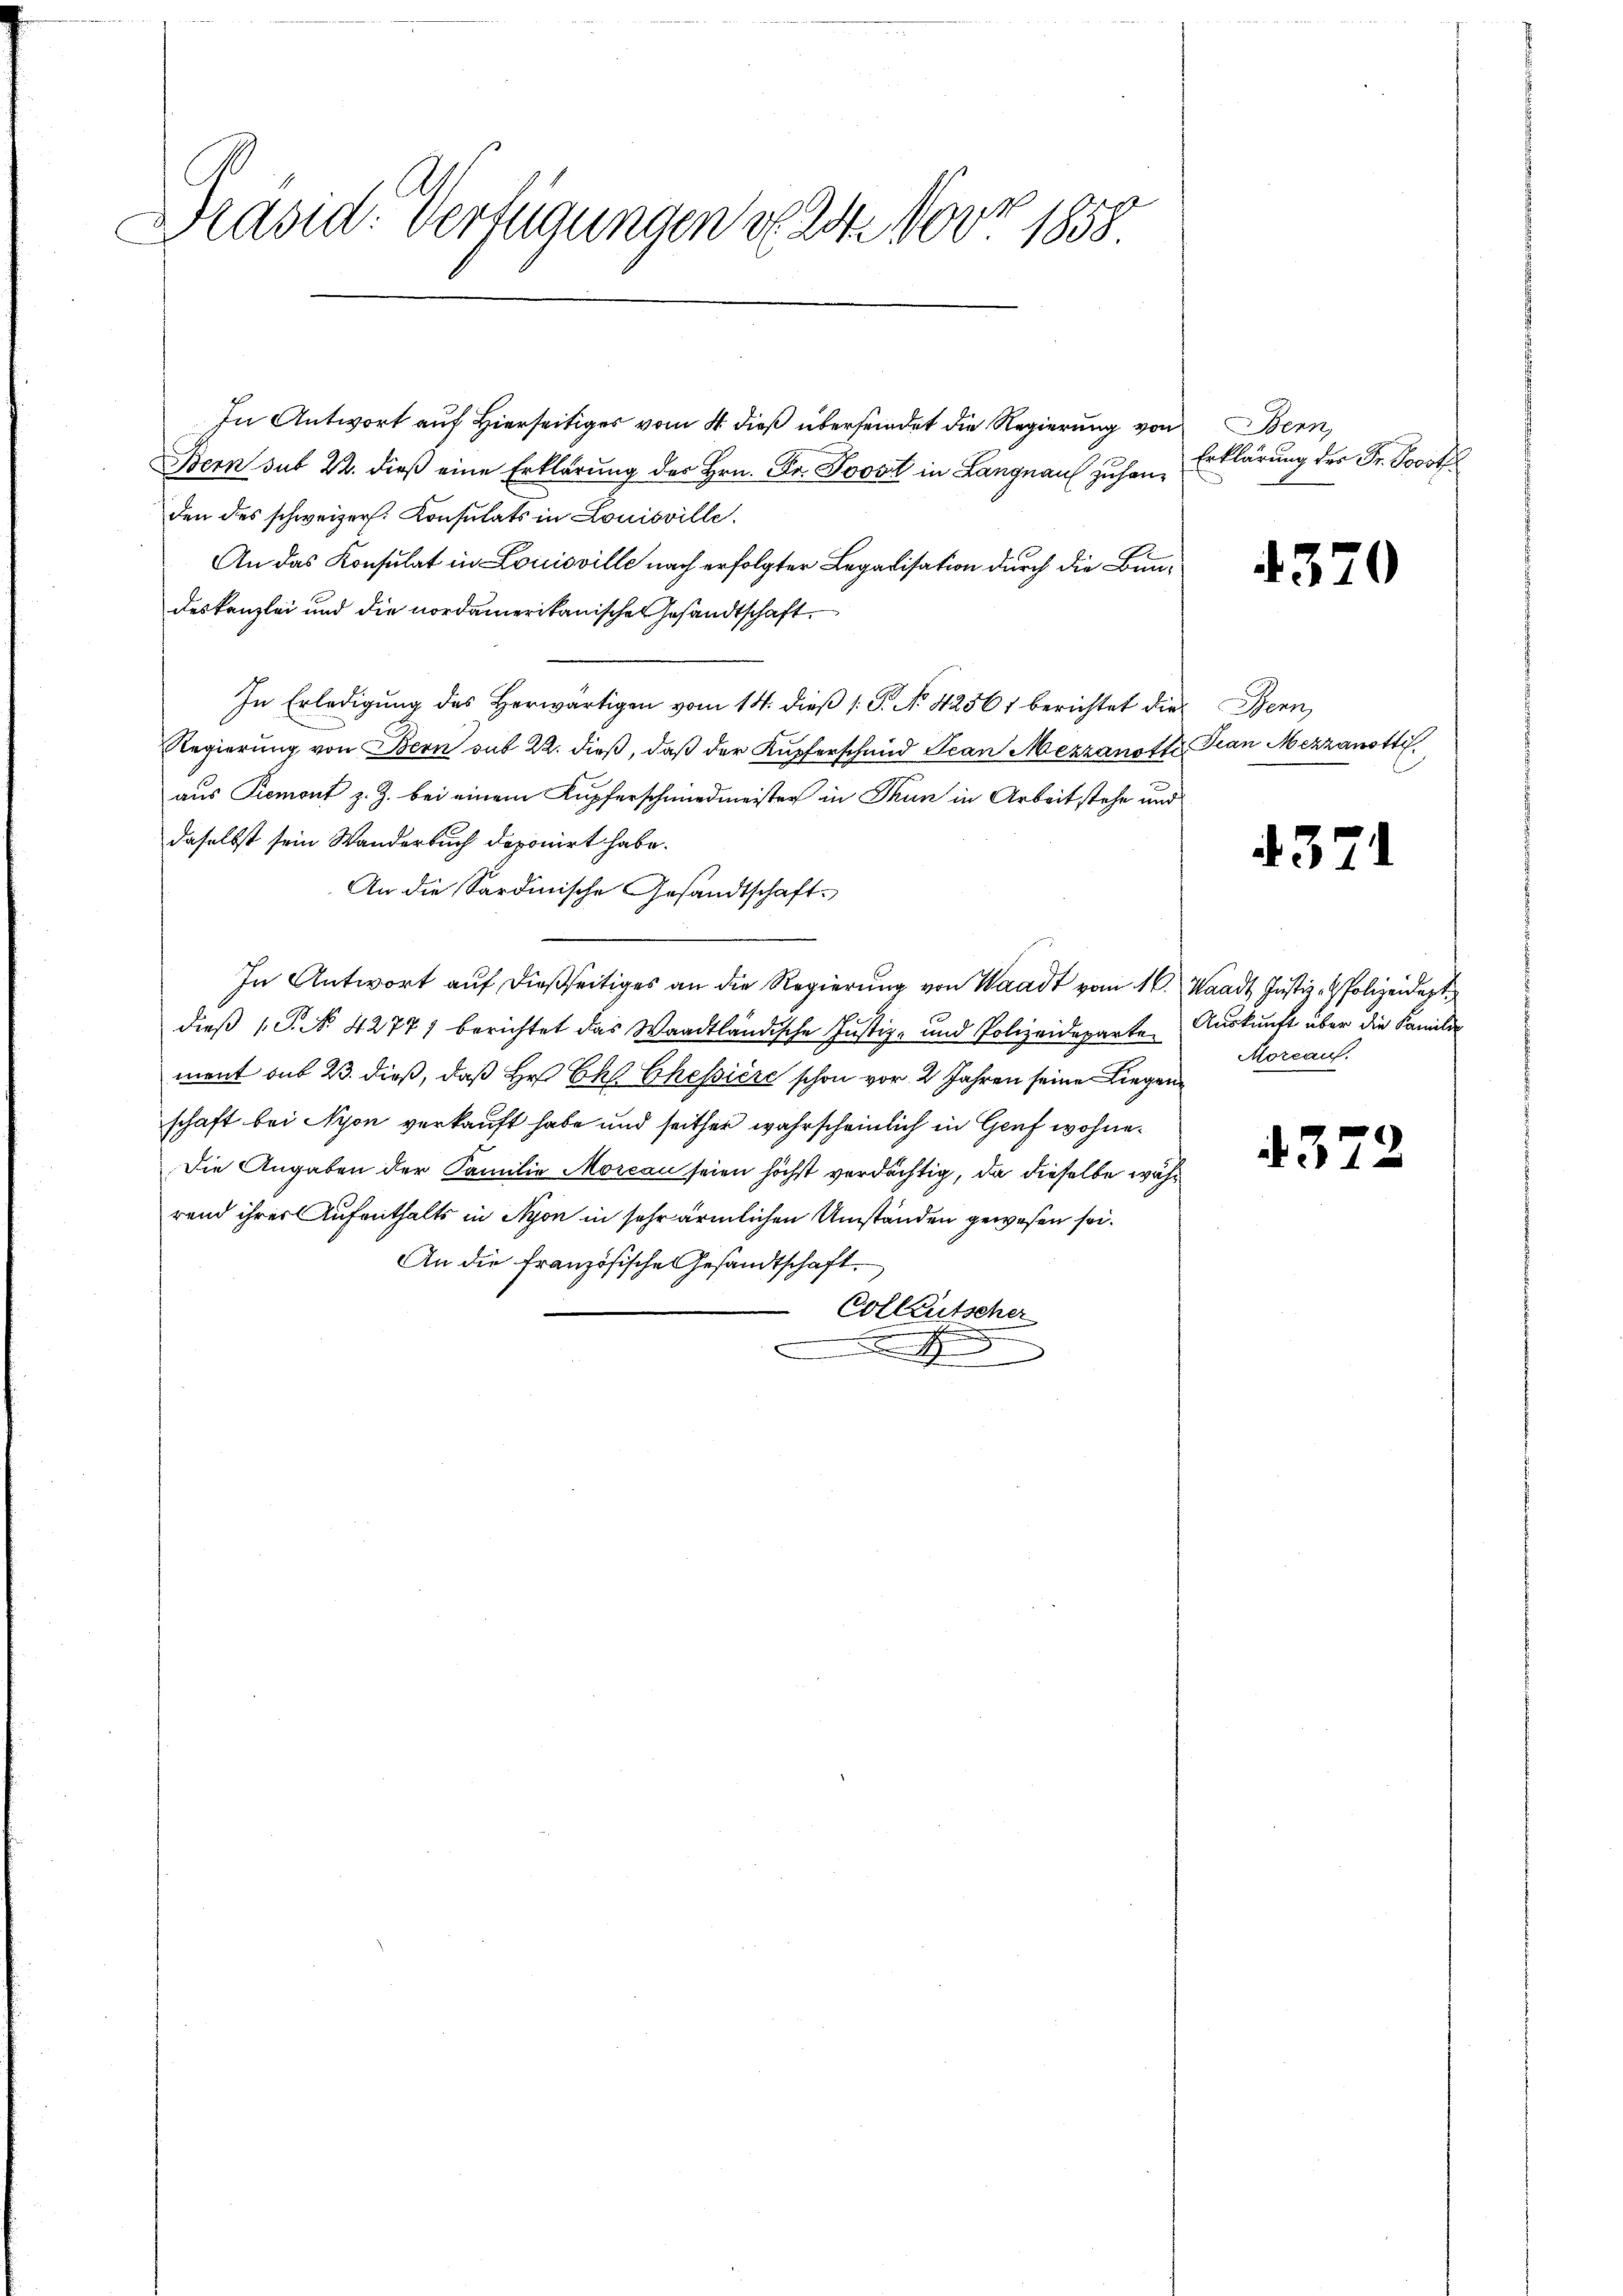
Präsid: Verfügungen v. 2. Nov. 1858
C

In Antwort auf Hierseitiges vom 4. dieß übersendet die Regierung von
Bern sub 22. dieß eine Erklärung des Hrn. Fr. Post in Langnau zuhanden des schweizer. Konsulats in Louisville.
An das Konsulat in Louisville nach erfolgter Legalisation durch die Bundeskanzlei und die nordamerikanischen Gesandtschaft.
In Erledigŭng des herwärtigen vom 14. dieβ 1: P. No. 42561 berichtet die Bern,
Regierŭng von Bern sub 22. dieβ, daβ der Kupferschmid Jean Mezzanotte Pian Mezzanstti
aus Piemont z. Z. bei einem Kupferschmiedmeister in Thun in Arbeit stehe und
daselbst sein Wanderbuch deponirt habe.
An die Sardinische Gesandtschaft-
In Antwort auf dießseitiges an die Regierung von Waadt vom 16. Waadt Justiz- & Polizeidert,
dieß 1 S. No. 42771 berichtet das Waadtländische Justiz- und Polizeideparte Auskunft über die Familie
ment sub 23. dieß, daß Hr. Ch. Chessiere schon vor 2 Jahren seine Liegenschaft bei Nyon verkauft habe und seither wahrscheinlich in Graf wohne¬
Die Angaben der Familie Morcan seien höchst verdächtig, da dieselbe während ihrer Aufenthalts in Nyon in sehr ärmlichen Umständen gewesen sei.
An die französische Gesandtschaft.
Colleutscher

Bern,
Erklärung der Fr. Doroth

4370

4371

Morcauf.

4372